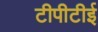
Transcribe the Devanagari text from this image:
टीपीटीई